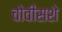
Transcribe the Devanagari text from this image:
चोवीसशे